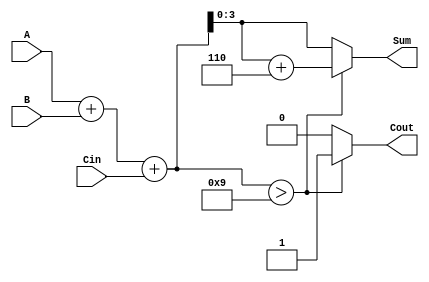
module BCD_Ripple_Carry_Adder (
    input  [3:0] A,      // First BCD digit
    input  [3:0] B,      // Second BCD digit
    input        Cin,     // Carry input
    output reg [3:0] Sum, // BCD sum output
    output reg Cout       // Carry output
);

    wire [4:0] binary_sum; // 5-bit to accommodate carry
    wire [4:0] corrected_sum; // 5-bit for potential correction

    // Step 1: Perform binary addition
    assign binary_sum = A + B + Cin;

    // Step 2: Check if correction is needed
    always @(*) begin
        if (binary_sum > 9) begin
            // If the sum exceeds 9, add 6 (0110)
            corrected_sum = binary_sum + 5'b00110;
            Sum = corrected_sum[3:0]; // Take the lower 4 bits as the sum
            Cout = 1; // Set carry output
        end else begin
            Sum = binary_sum[3:0]; // Take the lower 4 bits as the sum
            Cout = 0; // No carry output
        end
    end

endmodule